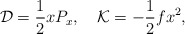
\begin{align*}{\cal D} = {1 \over 2} x P_x, \quad {\cal K} = -{1 \over 2} f x^2,\end{align*}